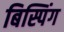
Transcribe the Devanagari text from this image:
बिस्पिंग